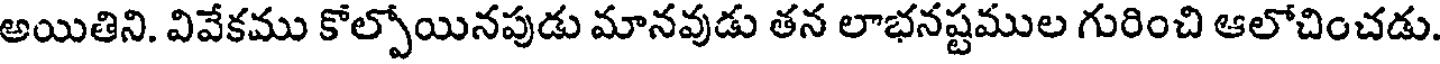
అయితిని. వివేకము కోల్పోయినపుడు మానవుడు తన లాభనష్టముల గురించి ఆలోచించడు.